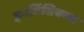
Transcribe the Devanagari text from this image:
इनविंसिबल्स